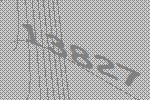
13827